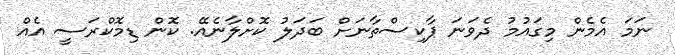
ނަަމަ އެމެން މިގައުމު ދެވަނަ ޕާކިސްތާނަށް ބަދަލު ކޮށްލާނެއޭ. ކޮން ޑިމޮކްރަސީ އެއް